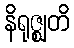
နိရုဇ္ဈတိ